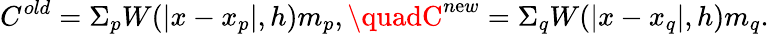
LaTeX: C^{old}=\Sigma_{p}{W(|x-x_{p}|,h)m_{p}},\quadC^{n\mathrm{e}w}=\Sigma_{q}{W(|x-x_{q}|,h)m_{q}}.